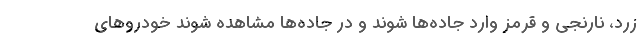
زرد، نارنجی و قرمز وارد جاده‌ها شوند و در جاده‌ها مشاهده شوند خودروهای